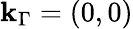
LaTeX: \mathbf{k}_{\Gamma}=(0,0)